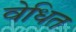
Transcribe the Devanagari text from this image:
वेधित